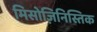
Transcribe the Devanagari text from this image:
मिसोज़िनिस्तिक